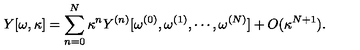
Y [ \omega , \kappa ] = \sum _ { n = 0 } ^ { N } \kappa ^ { n } Y ^ { ( n ) } [ \omega ^ { ( 0 ) } , \omega ^ { ( 1 ) } , \cdots , \omega ^ { ( N ) } ] + O ( \kappa ^ { N + 1 } ) .